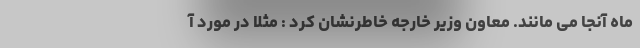
ماه آنجا می مانند. معاون وزیر خارجه خاطرنشان کرد : مثلا در مورد آ